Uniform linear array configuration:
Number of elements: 4
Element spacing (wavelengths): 0.5
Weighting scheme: cosine
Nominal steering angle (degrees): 45
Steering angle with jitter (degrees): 43.961
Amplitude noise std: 0.05
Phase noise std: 0.05

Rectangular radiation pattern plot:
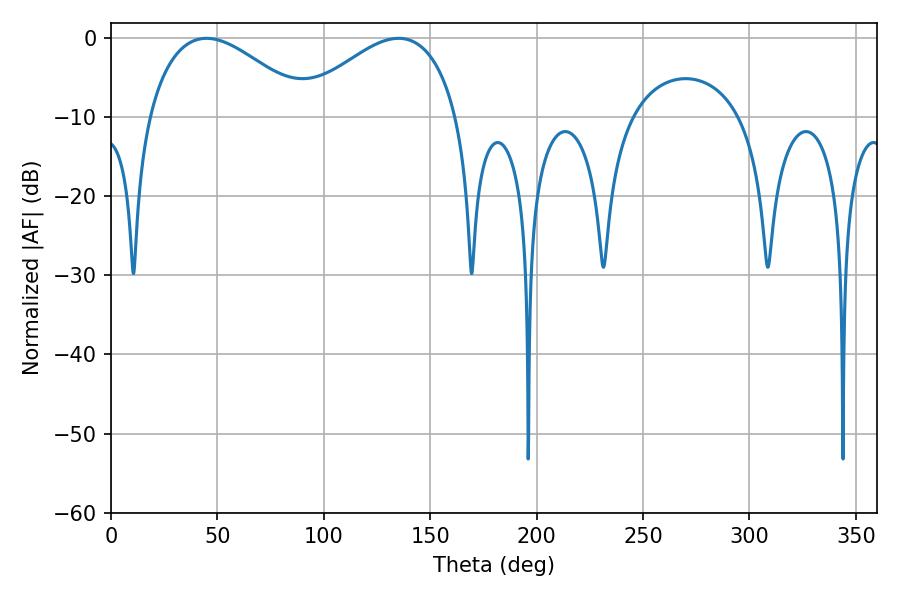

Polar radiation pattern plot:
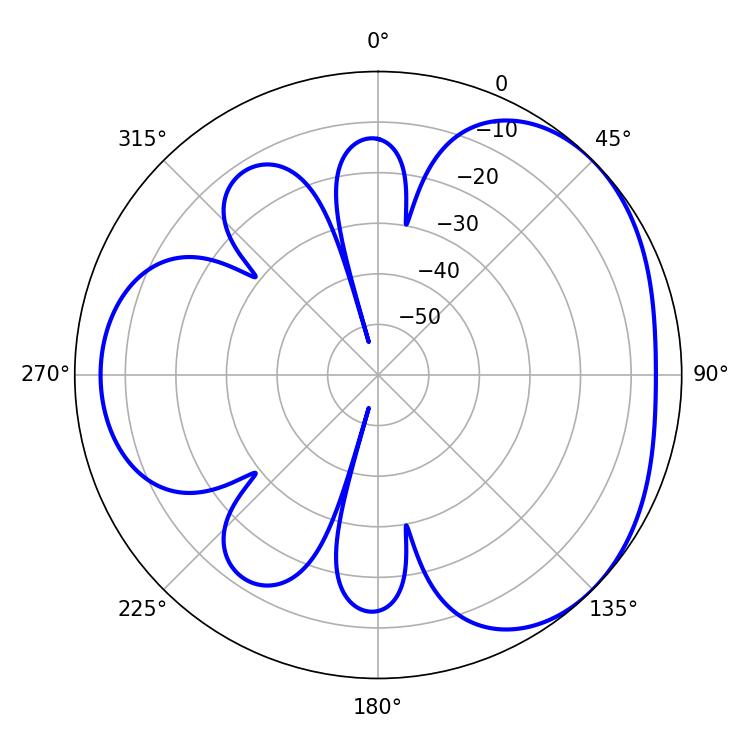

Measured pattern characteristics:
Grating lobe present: FALSE
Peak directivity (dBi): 3.393
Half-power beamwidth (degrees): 41.4
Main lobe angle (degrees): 44.82